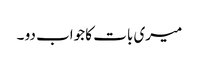
میری بات کا جواب دو ۔